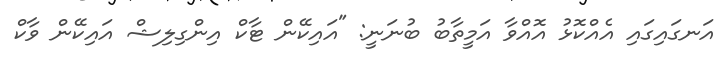
އަނގައިގައި އެއްކޮޅު އޮއްވާ އަމީތާބު ބުނަނީ: "އައިކޭން ޓާކް އިންގިލިޝް އައިކޭން ވާކް